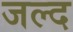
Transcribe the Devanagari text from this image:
जल्द